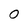
Character: 0